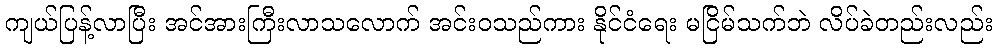
ကျယ်ပြန့်လာပြီး အင်အားကြီးလာသလောက် အင်းဝသည်ကား နိုင်ငံရေး မငြိမ်သက်ဘဲ လိပ်ခဲတည်းလည်း